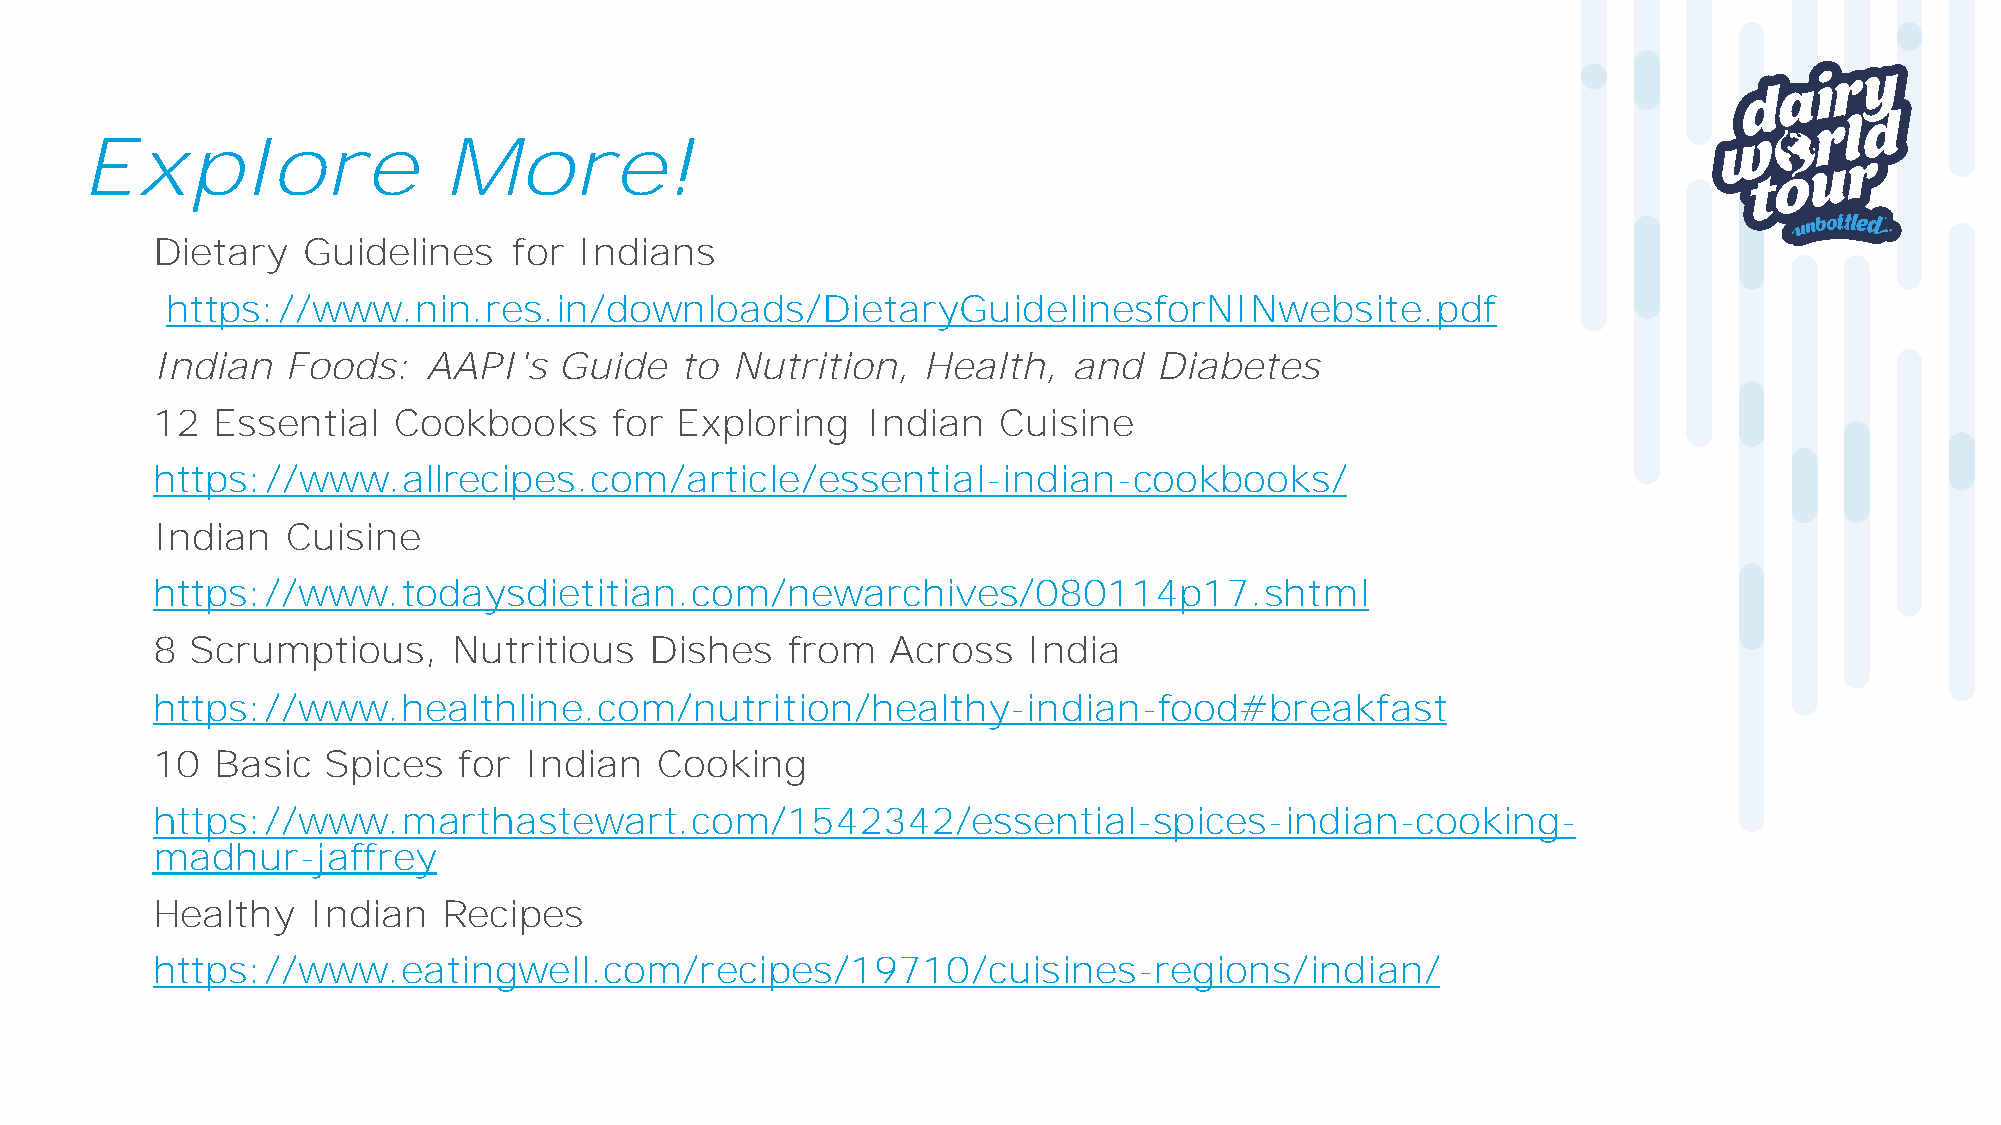
Explore                 More!
 Dietary   Guidelines    for Indians
 https://www.nin.res.in/downloads/DietaryGuidelinesforNINwebsite.pdf
 Indian   Foods:   AAPI's   Guide   to Nutrition,   Health,   and  Diabetes
 12  Essential   Cookbooks      for Exploring   Indian   Cuisine
 https://www.allrecipes.com/article/essential-indian-cookbooks/
 Indian   Cuisine
 https://www.todaysdietitian.com/newarchives/080114p17.shtml
 8  Scrumptious,     Nutritious   Dishes   from   Across   India
 https://www.healthline.com/nutrition/healthy-indian-food#breakfast
 10  Basic  Spices   for  Indian  Cooking
 https://www.marthastewart.com/1542342/essential-spices-indian-cooking-
 madhur-jaffrey
 Healthy    Indian  Recipes
 https://www.eatingwell.com/recipes/19710/cuisines-regions/indian/